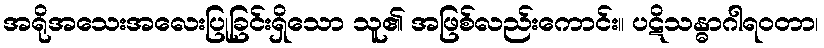
အရိုအသေးအလေးပြုခြင်းရှိသော သူ၏ အဖြစ်လည်းကောင်း။ ပဋိသန္ဓာဂါရဝတာ၊